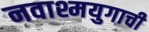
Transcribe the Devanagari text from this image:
नवाश्मयुगाची